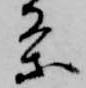
条